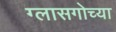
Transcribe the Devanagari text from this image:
ग्लासगोच्या